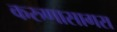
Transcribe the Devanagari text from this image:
करुणासागरा